Report of the Indian Hemp Drugs Commission, 1894-1895 - Volume VII
Year: 1894
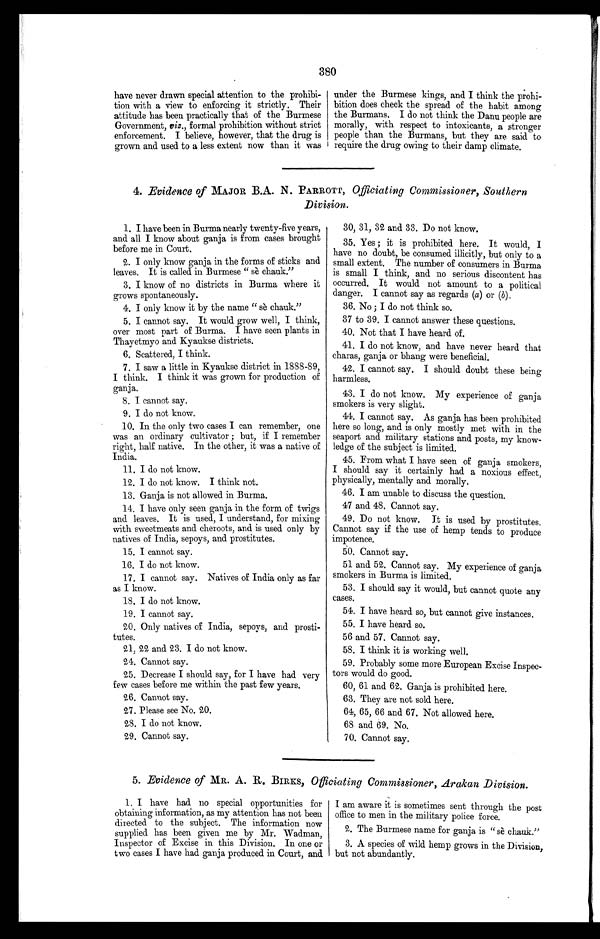
380
have never drawn special attention to the prohibi-
tion with a view to enforcing it strictly. Their
attitude has been practically that of the Burmese
Government, viz., formal prohibition without strict
enforcement. I believe, however, that the drug is
grown and used to a less extent now than it was
under the Burmese kings, and I think the prohi-
bition does check the spread of the habit among
the Burmans. I do not think the Danu people are
morally, with respect to intoxicants, a stronger
people than the Burmans, but they are said to
require the drug owing to their damp climate.
4. Evidence of MAJOR B.A. N. PARROTT, Officiating Commissioner, Southern
Division.
1. I have been in Burma nearly twenty-five years,
and all I know about ganja is from cases brought
before me in Court.
2. I only know ganja in the forms of sticks and
leaves. It is called in Burmese " sè chauk."
3. I know of no districts in Burma where it
grows spontaneously.
4. I only know it by the name " sè chauk."
5. I cannot say. It would grow well, I think,
over most part of Burma. I have seen plants in
Thayetmyo and Kyaukse districts.
6. Scattered, I think.
7. I saw a little in Kyaukse district in 1888-89,
I think. I think it was grown for production of
ganja.
8. I cannot say.
9. I do not know.
10. In the only two cases I can remember, one
was an ordinary cultivator ; but, if I remember
right, half native. In the other, it was a native of
India.
11. I do not know.
12. I do not know. I think not.
13. Ganja is not allowed in Burma.
14. I have only seen ganja in the form of twigs
and leaves. It is used, I understand, for mixing
with sweetmeats and cheroots, and is used only by
natives of India, sepoys, and prostitutes.
15. I cannot say.
16. I do not know.
17. I cannot say. Natives of India only as far
as I know.
18. I do not know.
19. I cannot say.
20. Only natives of India, sepoys, and prosti-
tutes.
21, 22 and 23. I do not know.
24. Cannot say.
25. Decrease I should say, for I have had very
few cases before me within the past few years.
26. Cannot say.
27. Please see No. 20.
28. I do not know.
29. Cannot say.
30, 31, 32 and 33. Do not know.
35. Yes ; it is prohibited here. It would, I
have no doubt, be consumed illicitly, but only to a
small extent. The number of consumers in Burma
is small I think, and no serious discontent has
occurred. It would not amount to a political
danger. I cannot say as regards (a) or (b) .
36. No ; I do not think so.
37 to 39. I cannot answer these questions.
40. Not that I have heard of.
41. I do not know, and have never heard that
charas, ganja or bhang were beneficial.
42. I cannot say. I should doubt these being
harmless.
43. I do not know. My experience of ganja
smokers is very slight.
44. I cannot say. As ganja has been prohibited
here so long, and is only mostly met with in the
seaport and military stations and posts, my know-
ledge of the subject is limited.
45. From what I have seen of ganja smokers,
I should say it certainly had a noxious effect,
physically, mentally and morally.
46. I am unable to discuss the question.
47.
and 48. Cannot say.
49. Do not know. It is used by prostitutes.
Cannot say if the use of hemp tends to produce
impotence.
50. Cannot say.
51 and 52, Cannot say. My experience of ganja
smokers in Burma is limited.
53. I should say it would, but cannot quote any
cases.
54. I have heard so, but cannot give instances.
55. I have heard so.
56 and 57. Cannot say.
58. I think it is working well.
59. Probably some more European Excise Inspec-
tors would do good.
60, 61 and 62. Ganja is prohibited here.
63. They are not sold here.
64, 65, 66 and 67, Not allowed here.
68 and 69. No.
70. Cannot say.
5. Evidence of MR. A. R. BIRKS, Officiating Commissioner, Arakan Division.
1. I have had no special opportunities for
obtaining information, as my attention has not been
directed to the subject. The information now
supplied has been given me by Mr. Wadman,
Inspector of Excise in this Division. In one or
two cases I have had ganja produced in Court, and
I am aware it is sometimes sent through the post
office to men in the military police force.
2. The Burmese name for ganja is "sè chauk."
3. A species of wild hemp grows in the Division,
but not abundantly.